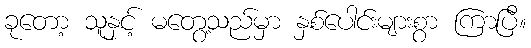
ခုတော့ သူနှင့် မတွေ့သည်မှာ နှစ်ပေါင်းများစွာ ကြာပြီ။